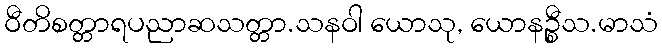
ဝီတိစတ္တာရပညာဆသတ္တာ.သနဝါ ယောသု, ယောနဉ္စီသ.မာသံ